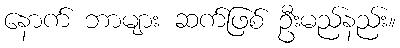
နောက် ဘာများ ဆက်ဖြစ် ဦးမည်နည်း။